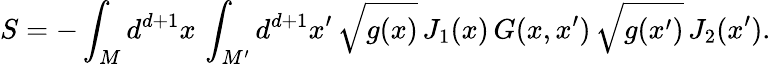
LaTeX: S=-\int_{M}d^{d+1}x\, \int_{M^{\prime}}d^{d+1}x^{\prime}\, \sqrt{g(x)}\, J_{1}(x)\, G(x,x^{\prime})\, \sqrt{g(x^{\prime})}\, J_{2}(x^{\prime}).